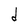
Character: O